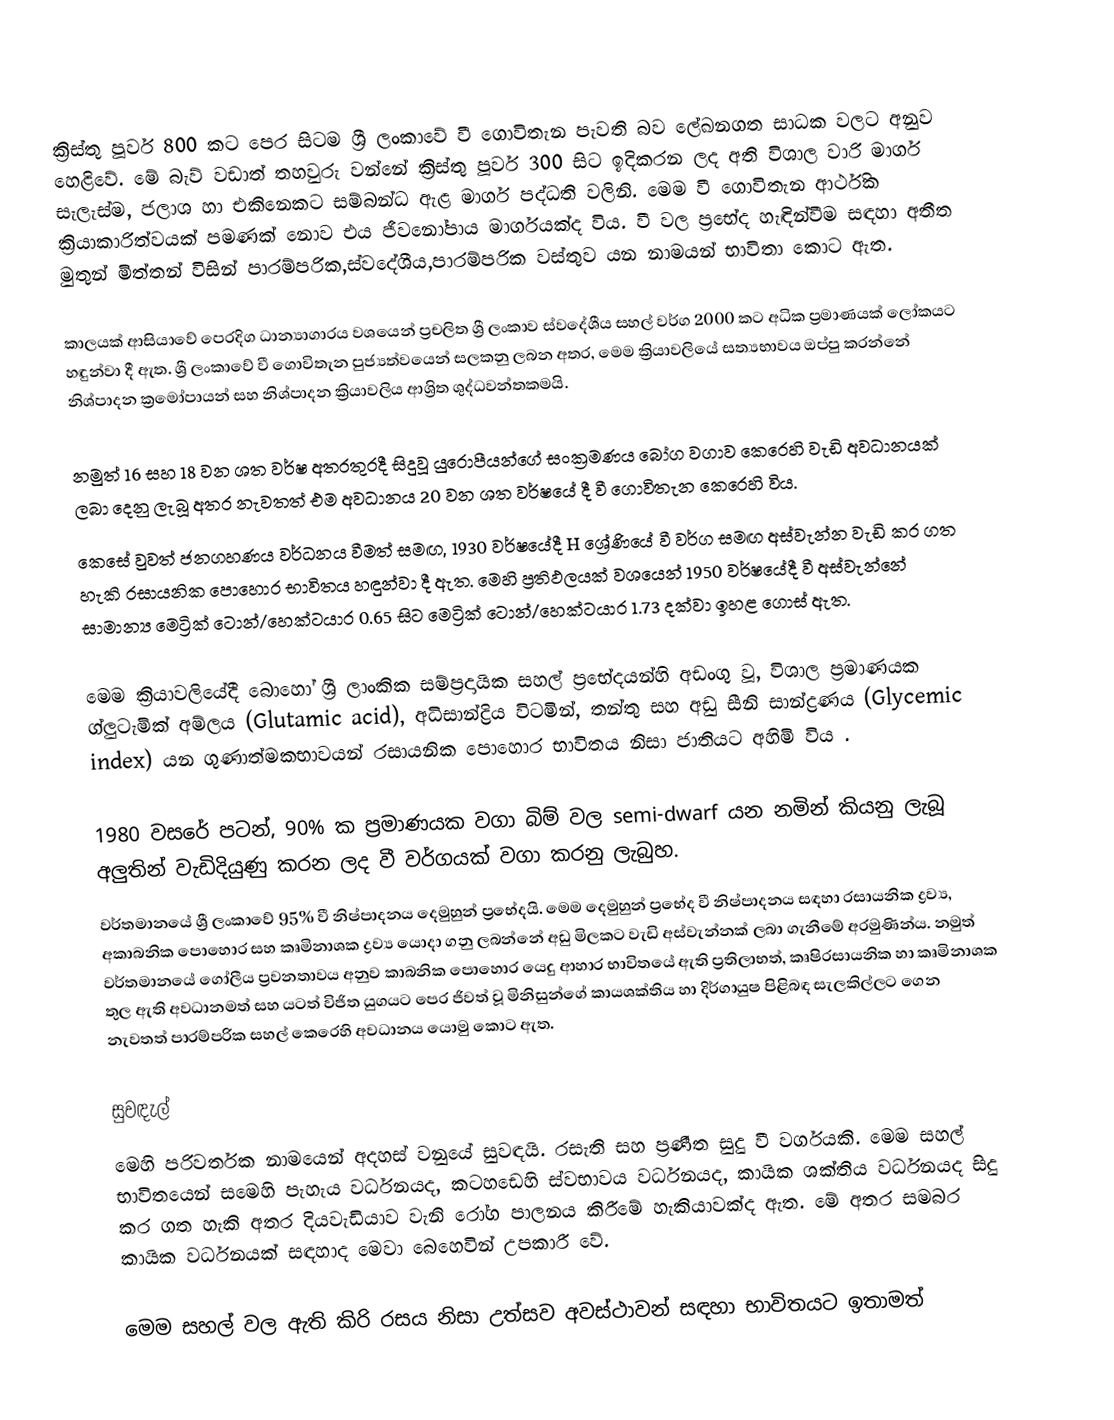
ක්‍රිස්තු පූර්ව 800 කට පෙර සිටම ශ්‍රී ලංකාවේ වී ගොවිතැන පැවති බව ලේඛනගත සාධක වලට අනුව හෙළිවේ. මේ බැව් වඩාත් තහවුරු වන්නේ ක්‍රිස්තු පූර්ව 300 සිට ඉදිකරන ලද අති විශාල වාරි මාර්ග සැලැස්ම, ජලාශ හා එකිනෙකට සම්බන්ධ ඇළ මාර්ග පද්ධති වලිනි. මෙම වී ගොවිතැන ආර්ථික ක්‍රියාකාරිත්වයක් පමණක් නොව එය  ජීවනෝපාය මාර්ගයක්ද විය.  වී වල ප්‍රභේද හැඳින්වීම සඳහා අතීත මුතුන් මිත්තන් විසින් පාරම්පරික,ස්වදේශීය,පාරම්පරික වස්තුව යන නාමයන් භාවිතා කොට ඇත.

කාලයක් ආසියාවේ පෙරදිග ධාන්‍යාගාරය වශයෙන් ප්‍රචලිත ශ්‍රී ලංකාව ස්වදේශීය සහල් වර්ග 2000 කට අධික ප්‍රමාණයක් ලෝකයට හඳුන්වා දී ඇත. ශ්‍රී ලංකාවේ වී ගොවිතැන පුජ්‍යත්වයෙන් සලකනු ලබන අතර, මෙම ක්‍රියාවලියේ සත්‍යභාවය ඔප්පු කරන්නේ නිශ්පාදන ක්‍රමෝපායන් සහ නිශ්පාදන ක්‍රියාවලිය ආශ්‍රිත ශුද්ධවන්තකමයි.

නමුත් 16 සහ 18 වන ශත වර්ෂ අතරතුරදී  සිදුවූ යුරොපීයන්ගේ සංක්‍රමණය බෝග වගාව කෙරෙහි වැඩි අවධානයක් ලබා දෙනු ලැබූ අතර නැවතත් එම අවධානය 20 වන ශත වර්ෂයේ දී වී ගොවිතැන කෙරෙහි විය.
කෙසේ වුවත් ජනගහණය වර්ධනය වීමත් සමඟ, 1930 වර්ෂයේදී H ශ්‍රේණියේ වී වර්ග සමඟ අස්වැන්න වැඩි කර ගත හැකි රසායනික පොහොර භාවිතය හඳුන්වා දී ඇත. මෙහි ප්‍රතිඵලයක් වශයෙන් 1950 වර්ෂයේදී වී අස්වැන්නේ සාමාන්‍ය මෙට්‍රික් ටොන්/හෙක්ටයාර 0.65 සිට මෙට්‍රික් ටොන්/හෙක්ටයාර 1.73 දක්වා ඉහළ ගොස් ඇත.

මෙම ක්‍රියාවලියේදී බොහෝ ශ්‍රී ලාංකික සම්ප්‍රදායික සහල් ප්‍රභේදයන්හි අඩංගු වූ, විශාල ප්‍රමාණයක ග්ලුටැමික් අම්ලය (Glutamic acid), අධිසාන්ද්‍රිය විටමින්, තන්තු සහ අඩු සීනි සාන්ද්‍රණය (Glycemic index) යන ගුණාත්මකභාවයන් රසායනික පොහොර භාවිතය නිසා ජාතියට අහිමි විය .

1980 වසරේ පටන්, 90% ක ප්‍රමාණයක වගා බිම් වල semi-dwarf යන නමින් කියනු ලැබූ අලුතින් වැඩිදියුණු කරන ලද වී වර්ගයක් වගා කරනු ලැබුහ.
වර්තමානයේ ශ්‍රී ලංකාවේ 95% වී නිෂ්පාදනය දෙමුහුන් ප්‍රභේදයි. මෙම දෙමුහුන් ප්‍රභේද වී නිෂ්පාදනය සඳහා රසායනික ද්‍රව්‍ය, අකාබනික පොහොර සහ කෘමිනාශක ද්‍රව්‍ය යොදා ගනු ලබන්නේ අඩු මිලකට වැඩි අස්වැන්නක් ලබා ගැනීමේ අරමුණින්ය. නමුත් වර්තමානයේ ගෝලීය ප්‍රවනතාවය අනුව කාබනික පොහොර යෙදු ආහාර භාවිතයේ ඇති ප්‍රතිලාභත්, කෘෂිරසායනික හා කෘමිනාශක තුල ඇති අවධානමත් සහ යටත් විජිත යුගයට පෙර ජිවත් වූ මිනිසුන්ගේ කායශක්තිය හා දිර්ගායුෂ පිළිබඳ සැලකිල්ලට ගෙන නැවතත් පාරම්පරික සහල් කෙරෙහි අවධානය යොමු කොට ඇත.

සුවඳැල්
මෙහි පරිවර්තක නාමයෙන් අදහස් වනුයේ සුවඳයි. රසැති සහ ප්‍රණීත සුදු වී වර්ගයකි. මෙම සහල් භාවිතයෙන් සමෙහි පැහැය වර්ධනයද, කටහඩෙහි ස්වභාවය වර්ධනයද, කායික ශක්තිය වර්ධනයද සිදු කර ගත හැකි අතර දියවැඩියාව වැනි රෝග පාලනය කිරීමේ හැකියාවක්ද ඇත. මේ අතර සමබර කායික වර්ධනයක් සඳහාද මෙවා බෙහෙවින් උපකාරී වේ.

මෙම සහල් වල ඇති කිරි රසය නිසා උත්සව අවස්ථාවන් සඳහා භාවිතයට ඉතාමත්